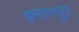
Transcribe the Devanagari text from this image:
इमामपुर